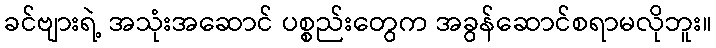
ခင်ဗျားရဲ့ အသုံးအဆောင် ပစ္စည်းတွေက အခွန်ဆောင်စရာမလိုဘူး။